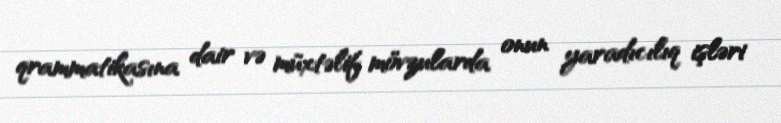
qrammatikasına dair və müxtəlif mövzularda onun yaradıcılıq işləri